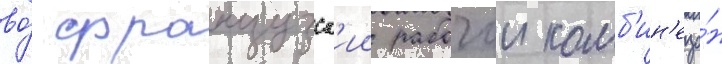
во́ французск'ии рабочии комб'ин'езо́н